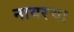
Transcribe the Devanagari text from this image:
नायरचा